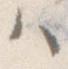
ハ